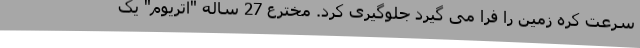
سرعت کره زمین را فرا می گیرد جلوگیری کرد. مخترع 27 ساله "اتریوم" یک